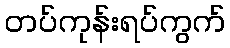
တပ်ကုန်းရပ်ကွက်